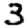
Digit: 3